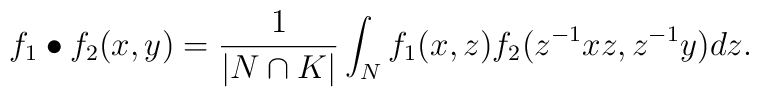
f_1 \bullet f_2 (x,y)= \frac{1}{|N\cap K|}\int_{N}f_1(x,z)f_2(z^{-1}xz,z^{-1}y) dz.